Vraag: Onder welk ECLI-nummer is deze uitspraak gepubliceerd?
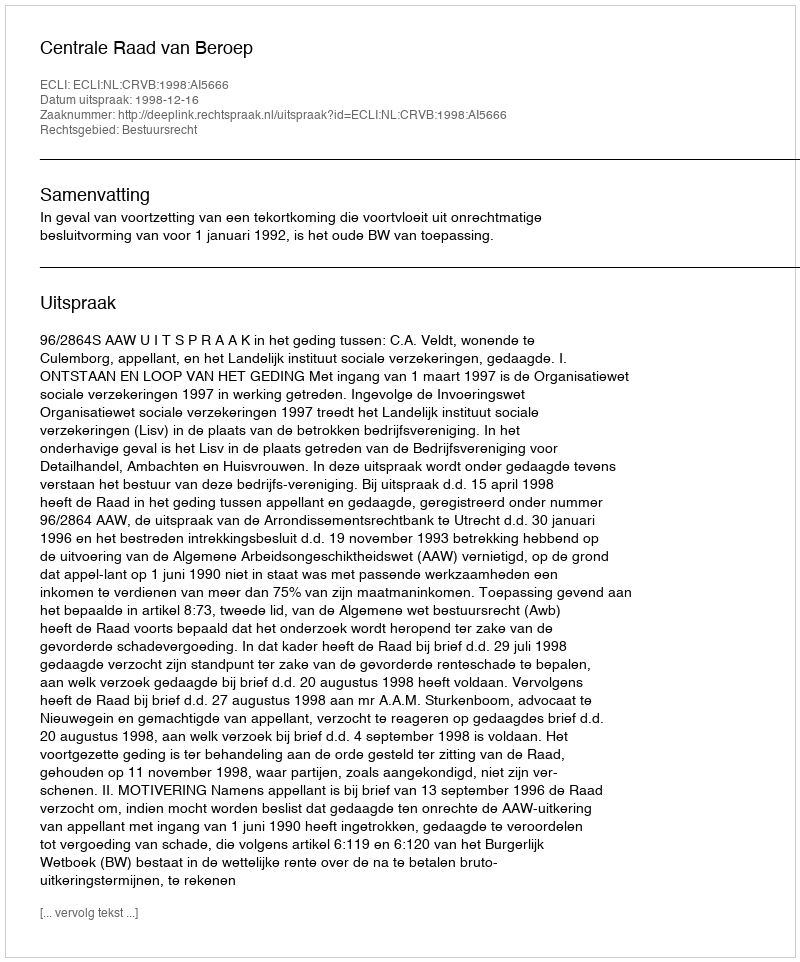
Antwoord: ECLI:NL:CRVB:1998:AI5666